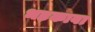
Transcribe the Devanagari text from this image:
भड़कावा